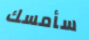
سأمسك